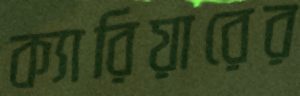
ক্যারিয়ারের